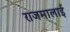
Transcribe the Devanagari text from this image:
राजमालाई